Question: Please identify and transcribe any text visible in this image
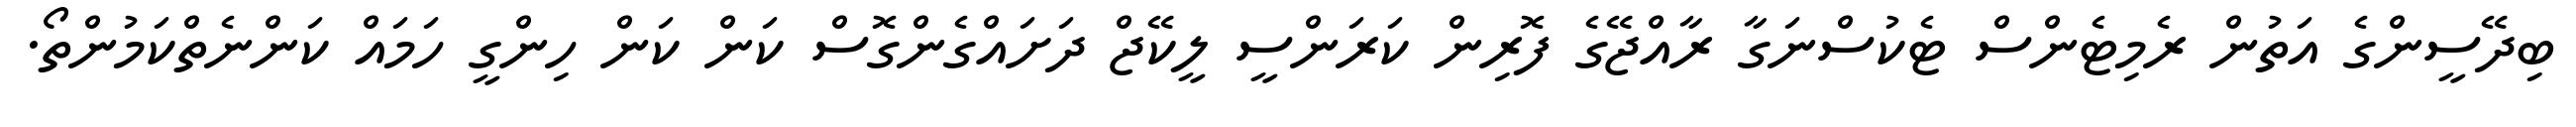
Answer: ބިދޭސީންގެ އަތުން ރެމިޓެންސް ޓެކުސްނަގާ ރާއްޖޭގެ ފޮރިން ކަރަންސީ ލީކޭޖް ދަށައްގެންގޮސް ކަން ކަން ހިންގީ ހަމައް ކަންނެތްކަމުންތޯ.